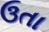
ઉતા